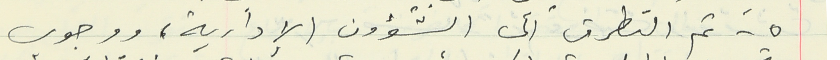
٥ - تم التطرق الى الشؤون الإدارية، ووجوب